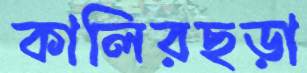
কালিরছড়া